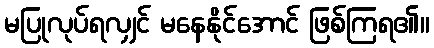
မပြုလုပ်ရလျှင် မနေနိုင်အောင် ဖြစ်ကြရ၏။